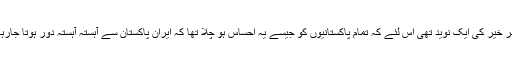
یہ خبر خیر کی ایک نوید تھی اس لئے کہ تمام پاکستانیوں کو جیسے یہ احساس ہو چلا تھا کہ ایران پاکستان سے آہستہ آہستہ دور ہوتا جارہا ہے۔